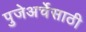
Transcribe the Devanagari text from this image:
पुजेअर्चेसाठी